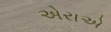
એરાએ